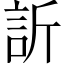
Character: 訢